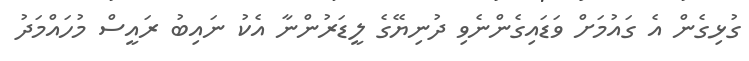
ގުޅިގެން އެ ގައުމަށް ވަޑައިގެންނެވި ދުނިޔޭގެ ލީޑަރުންނާ އެކު ނައިބު ރައީސް މުހައްމަދު